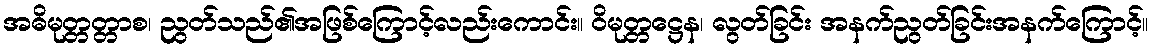
အဓိမုတ္တတ္တာစ၊ ညွတ်သည်၏အဖြစ်ကြောင့်လည်းကောင်း။ ဝိမုတ္တဋ္ဌေန၊ လွတ်ခြင်း အနက်ညွတ်ခြင်းအနက်ကြောင့်။